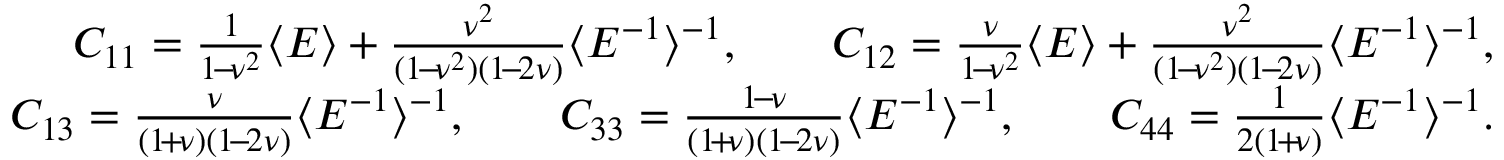
\begin{array} { r l r } & { } & { C _ { 1 1 } = \frac { 1 } { 1 \! - \! \nu ^ { 2 } } \langle E \rangle + \frac { \nu ^ { 2 } } { ( 1 \! - \! \nu ^ { 2 } ) ( 1 \! - \! 2 \nu ) } \langle E ^ { - 1 } \rangle ^ { - 1 } , \qquad C _ { 1 2 } = \frac { \nu } { 1 \! - \! \nu ^ { 2 } } \langle E \rangle + \frac { \nu ^ { 2 } } { ( 1 \! - \! \nu ^ { 2 } ) ( 1 \! - \! 2 \nu ) } \langle E ^ { - 1 } \rangle ^ { - 1 } , } \\ & { } & { C _ { 1 3 } = \frac { \nu } { ( 1 \! + \! \nu ) ( 1 \! - \! 2 \nu ) } \langle E ^ { - 1 } \rangle ^ { - 1 } , \qquad C _ { 3 3 } = \frac { 1 \! - \! \nu } { ( 1 \! + \! \nu ) ( 1 \! - \! 2 \nu ) } \langle E ^ { - 1 } \rangle ^ { - 1 } , \qquad C _ { 4 4 } = \frac { 1 } { 2 ( 1 \! + \! \nu ) } \langle E ^ { - 1 } \rangle ^ { - 1 } . } \end{array}